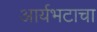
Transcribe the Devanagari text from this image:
आर्यभटाचा